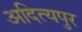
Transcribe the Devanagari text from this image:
अदित्यपुर